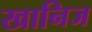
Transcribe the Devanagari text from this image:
खानिज